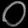
Digit: ၀